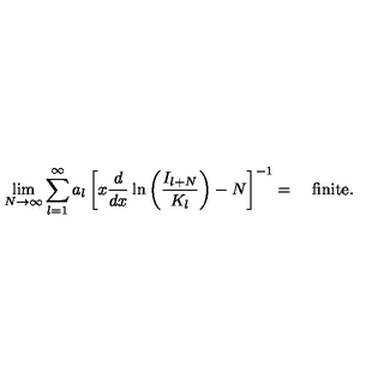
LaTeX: \lim _ { N \rightarrow \infty } \sum _ { l = 1 } ^ { \infty } a _ { l } \left[ x \displaystyle \frac { d } { d x } \ln \left( \displaystyle \frac { I _ { l + N } } { K _ { l } } \right) - N \right] ^ { - 1 } = \quad \mathrm { f i n i t e } .